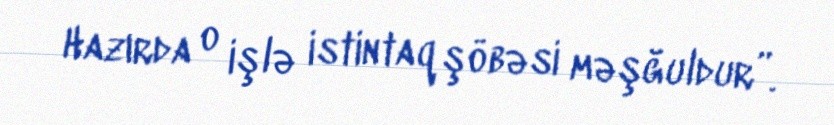
Hazırda o işlə istintaq şöbəsi məşğuldur”.